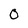
Character: 0